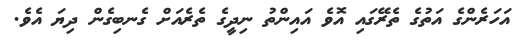
އަހަރެންގެ އަތުގެ ތެރޭގައި އޮވެ އައިންތު ނިދީގެ ތެރެއަށް ގެނބިގެން ދިޔަ އެވެ.